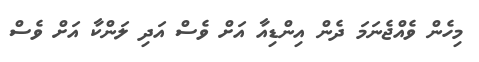
މިހެން ވެއްޖެނަމަ ދެން އިންޑިއާ އަށް ވެސް އަދި ލަންކާ އަށް ވެސް